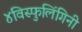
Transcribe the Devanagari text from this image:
४विस्फुलिंगिनी